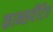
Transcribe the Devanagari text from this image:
कान्सर्वेटिव